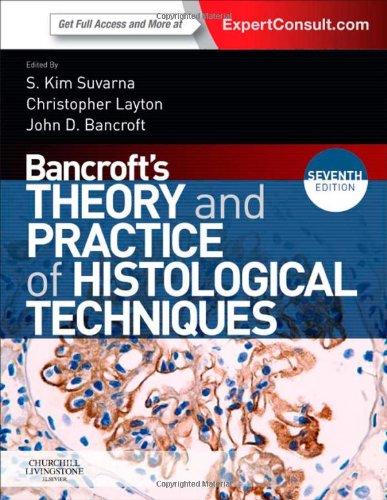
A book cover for Bancroft's Theory and Practice of Histological Techniques: Expert Consult: Online and Print, 7e; Kim S Suvarna MBBS  BSc  FRCP  FRCPath; Medical Books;